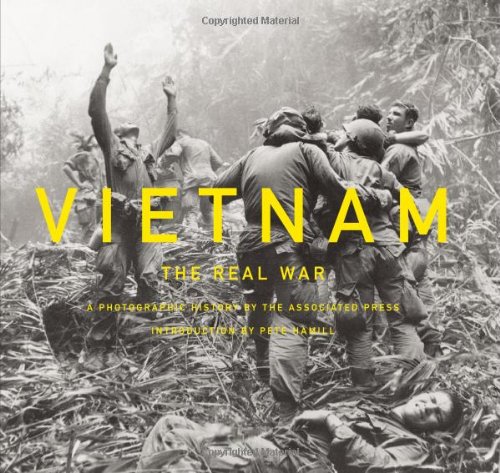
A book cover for Vietnam: The Real War: A Photographic History by the Associated Press; Pete Hamill; Arts & Photography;